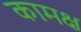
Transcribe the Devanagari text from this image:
कामक्ष